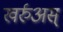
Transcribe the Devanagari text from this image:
खर्रुअस्